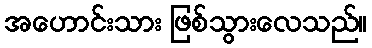
အဟောင်းသား ဖြစ်သွားလေသည်။